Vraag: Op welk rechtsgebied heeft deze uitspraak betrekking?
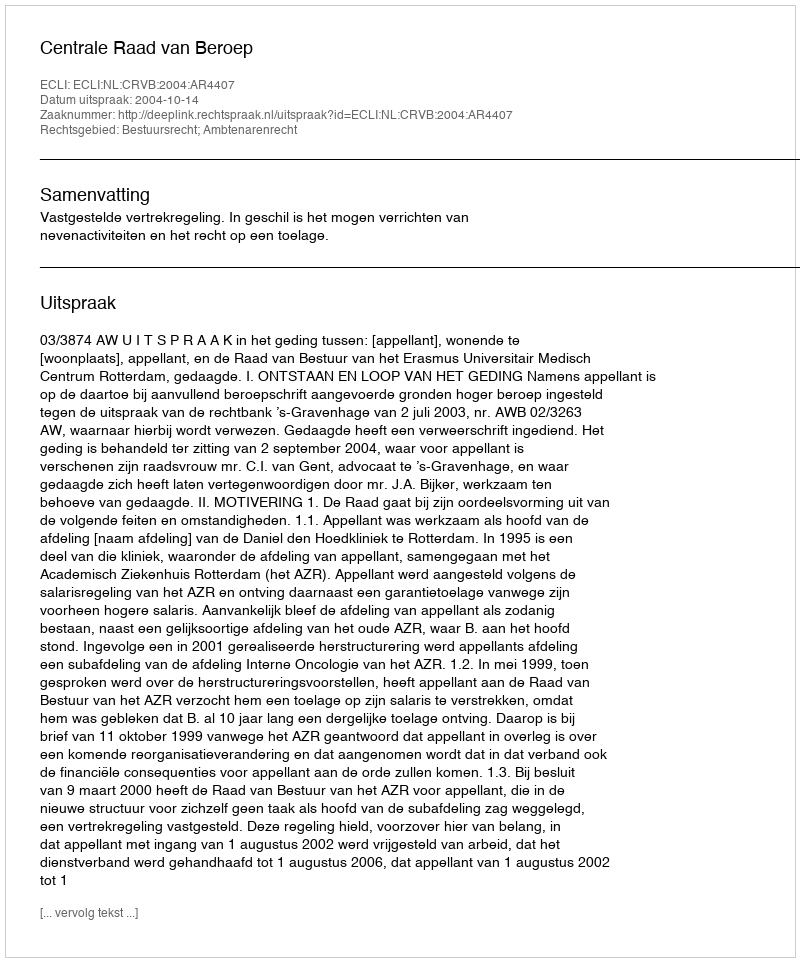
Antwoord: Bestuursrecht; Ambtenarenrecht